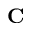
{ \bf C }